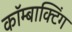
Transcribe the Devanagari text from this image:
कॉम्बाक्टिंग